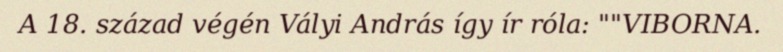
A 18. század végén Vályi András így ír róla: ""VIBORNA.